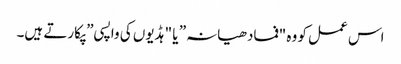
اس عمل کو وہ "فمادھیانہ” یا "ہڈیوں کی واپسی” پکارتے ہیں۔